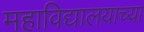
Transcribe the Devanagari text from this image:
महाविद्यालयाच्या